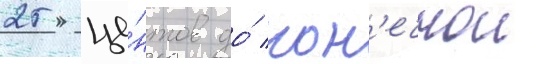
25 це́нтов до́ кон'ечнои